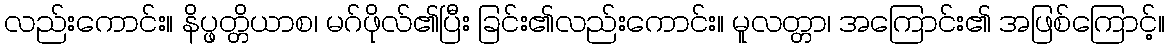
လည်းကောင်း။ နိပ္ဖတ္တိယာစ၊ မဂ်ဖိုလ်၏ပြီး ခြင်း၏လည်းကောင်း။ မူလတ္တာ၊ အကြောင်း၏ အဖြစ်ကြောင့်။